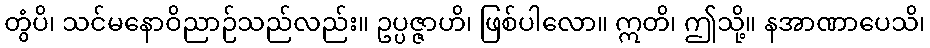
တွံပိ၊ သင်မနောဝိညာဉ်သည်လည်း။ ဥပ္ပဇ္ဇာဟိ၊ ဖြစ်ပါလော။ ဣတိ၊ ဤသို့။ နအာဏာပေသိ၊